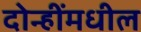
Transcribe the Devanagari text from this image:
दोन्हींमधील